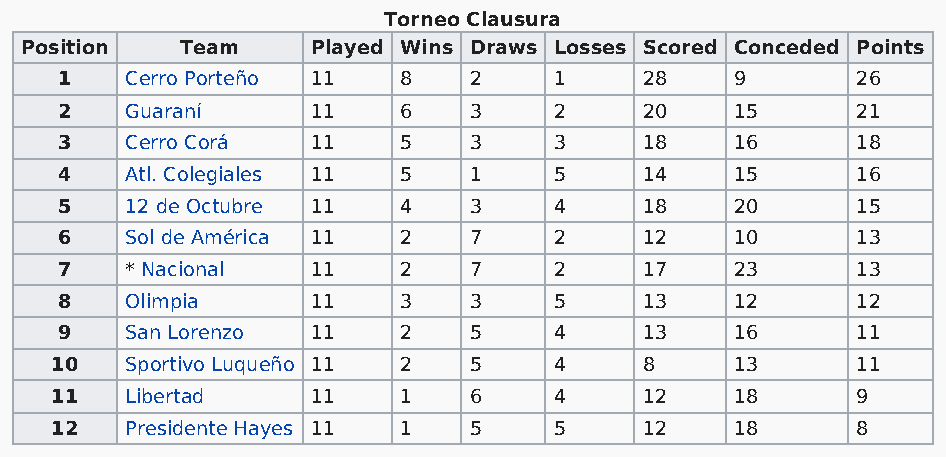
Torneo Clausura
 Position   Team     Played Wins Draws Losses Scored Conceded Points
 1   Cerro Porteño 11  8    2     1     28    9       26
 2   Guaraní      11   6    3     2     20    15      21
 3   Cerro Corá   11   5    3     3     18    16      18
 4   Atl. Colegiales 11 5   1     5     14    15      16
 5   12 de Octubre 11  4    3     4     18    20      15
 6   Sol de América 11 2    7     2     12    10      13
 7   * Nacional   11   2    7     2     17    23      13
 8   Olimpia      11   3    3     5     13    12      12
 9   San Lorenzo  11   2    5     4     13    16      11
 10   Sportivo Luqueño 11 2  5     4     8     13      11
 11   Libertad     11   1    6     4     12    18      9
 12   Presidente Hayes 11 1  5     5     12    18      8